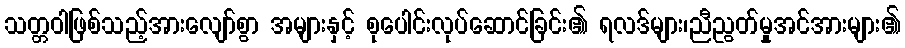
သတ္တဝါဖြစ်သည့်အားလျော်စွာ အများနှင့် စုပေါင်းလုပ်ဆောင်ခြင်း၏ ရလဒ်များ၊ညီညွတ်မှုအင်အားများ၏